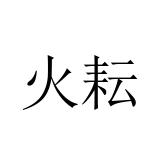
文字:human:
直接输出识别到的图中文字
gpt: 火耘